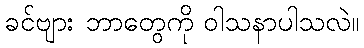
ခင်ဗျား ဘာတွေကို ဝါသနာပါသလဲ။